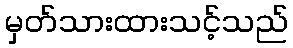
မှတ်သားထားသင့်သည်